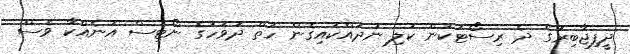
ދީފިޖާބިރުގެ ދެ ރިސޯޓަކުން ކުލި ނުދައްކައިގެން ހަތް ދުވަހުގެ ނޯޓިސް އަނެއްކާ ވެސް